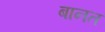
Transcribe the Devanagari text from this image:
बानत